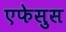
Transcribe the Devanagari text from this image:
एफेसुस